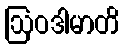
ဩဝဒါမာတိ